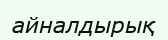
айналдырық